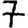
Digit: 7